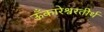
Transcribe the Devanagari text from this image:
ऊँकारेश्वरतीर्थ